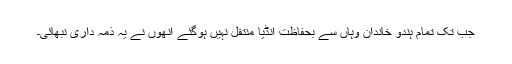
جب تک تمام ہندو خاندان وہاں سے بحفاظت انڈیا منتقل نہیں ہوگئے انھوں نے یہ ذمہ داری نبھائی۔